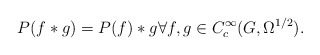
\begin{align*} P(f*g)=P(f)*g\forall f,g\in C^\infty_c(G,\Omega^{1/2}).\end{align*}